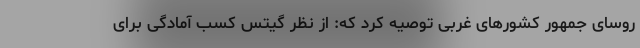
روسای جمهور کشورهای غربی توصیه کرد که: از نظر گیتس کسب آمادگی برای